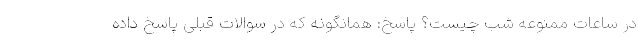
در ساعات ممنوعه شب چیست؟ پاسخ: همانگونه که در سوالات قبلی پاسخ داده